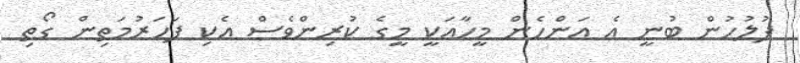
ފުލުހުން ބުނީ އެ އަންހެން މީހާއަކީ މީގެ ކުރިންވެސް އެކި ފަހަރުމަތިން ގޯތި